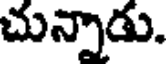
చున్నాడు.